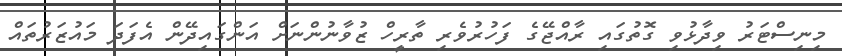
މިނިސްޓަރު ވިދާޅުވި ގޮތުގައި ރާއްޖޭގެ ފަހުރުވެރި ތާރީހް ޒުވާނުންނަށް އަންގައިދޭން އެފަދަ މައުޒަރުތައް